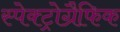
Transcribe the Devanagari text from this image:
स्पेक्ट्रोग्रैफिक